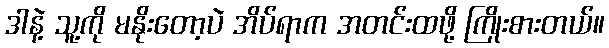
ဒါနဲ့ သူ့ကို မနိုးတော့ပဲ အိပ်ရာက အတင်းထဖို့ ကြိုးစားတယ်။